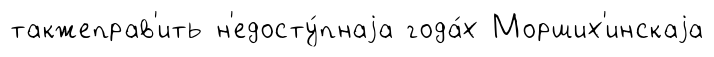
такжеправ'ить н'едосту́пнаjа года́х Морших'инскаjа